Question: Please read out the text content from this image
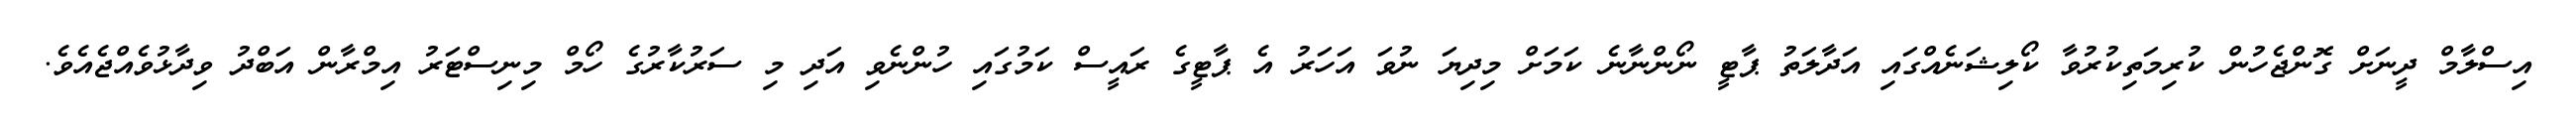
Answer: އިސްލާމް ދީނަށް ގޮންޖެހުން ކުރިމަތިކުރުވާ ކޯލިޝަނެއްގައި އަދާލަތު ޕާޓީ ނޯންނާނެ ކަމަށް މިދިޔަ ނުވަ އަހަރު އެ ޕާޓީގެ ރައީސް ކަމުގައި ހުންނެވި އަދި މި ސަރުކާރުގެ ހޯމް މިނިސްޓަރު އިމްރާން އަބްދު ވިދާޅުވެއްޖެއެވެ.